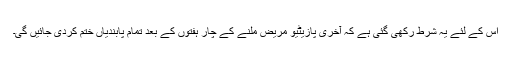
اس کے لئے یہ شرط رکھی گئی ہے کہ آخری پازیٹیو مریض ملنے کے چار ہفتوں کے بعد تمام پابندیاں ختم کردی جائیں گی۔